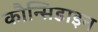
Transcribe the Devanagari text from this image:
कौन्सिडाइन